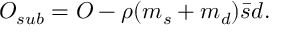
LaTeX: { \cal O } _ { s u b } = { \cal O } - \rho ( m _ { s } + m _ { d } ) \bar { s } d .